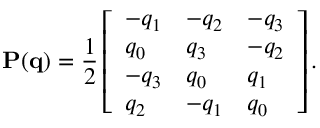
\mathbf { P } ( \mathbf { q } ) = \frac { 1 } { 2 } \left[ \begin{array} { l l l } { - q _ { 1 } } & { - q _ { 2 } } & { - q _ { 3 } } \\ { q _ { 0 } } & { q _ { 3 } } & { - q _ { 2 } } \\ { - q _ { 3 } } & { q _ { 0 } } & { q _ { 1 } } \\ { q _ { 2 } } & { - q _ { 1 } } & { q _ { 0 } } \end{array} \right] .